Annual report of the Punjab Veterinary College and of the Civil Veterinary Department, Punjab - 1909-1919
Year: 1909
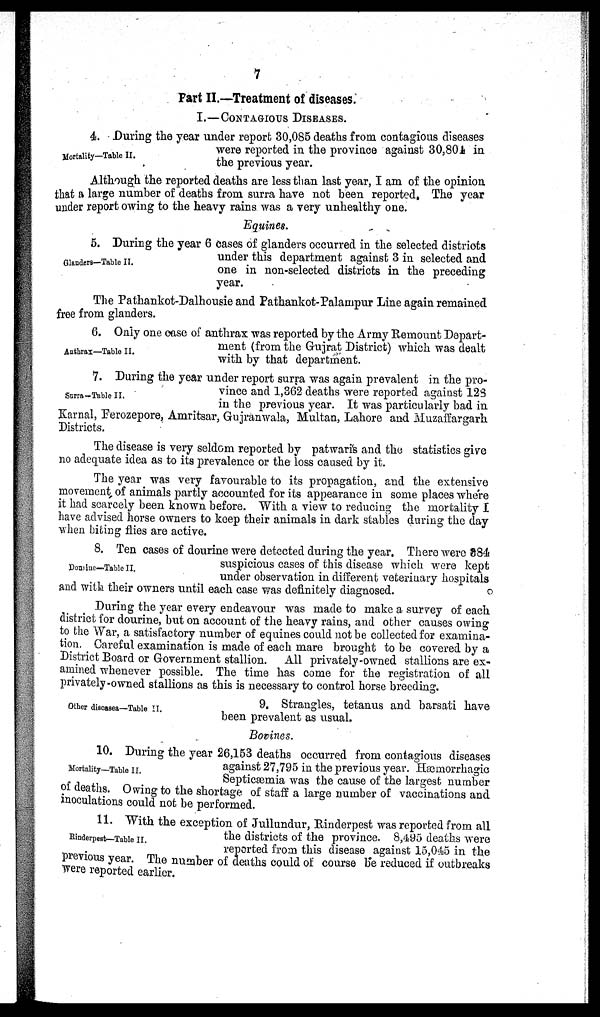
7
Part II.—Treatment of diseases.
I.—CONTAGIOUS DISEASES.
Mortality—Table II.
4. During the year under report 30,085 deaths from contagious diseases
were reported in the province against 30,801 in
the previous year.
Although the reported deaths are less than last year, I am of the opinion
that a large number of deaths from surra have not been reported. The year
under report owing to the heavy rains was a very unhealthy one.
Equines.
Glanders—Table II.
5. During the year 6 cases of glanders occurred in the selected districts
under this department against 3 in selected and
one in non-selected districts in the preceding
year.
The Pathankot-Dalhousie and Pathankot-Palampur Line again remained
free from glanders.
Anthrax—Table II.
6. Only one case of anthrax was reported by the Army Remount Depart-
ment (from the Gujrat District) which was dealt
with by that department.
Surra-Table II.
7. During the year under report surra was again prevalent in the pro-
vince and 1,362 deaths were reported against 128
in the previous year. It was particularly bad in
Karnal, Ferozepore, Amritsar, Gujranwala, Multan, Lahore and Muzaffargarh
Districts.
The disease is very seldom reported by patwaris and the statistics give
no adequate idea as to its prevalence or the loss caused by it.
The year was very favourable to its propagation, and the extensive
movement of animals partly accounted for its appearance in some places where
it had scarcely been known before. With a view to reducing the mortality I
have advised horse owners to keep their animals in dark stables during the day
when biting flies are active.
Donifue—Table II.
8. Ten cases of dourine were detected during the year. There were 884
suspicious cases of this disease which were kept
under observation in different veterinary hospitals
and with their owners until each case was definitely diagnosed.
During the year every endeavour was made to make a survey of each
district for dourine, but on account of the heavy rains, and other causes owing
to the War, a satisfactory number of equines could not be collected for examina-
tion. Careful examination is made of each mare brought to be covered by a
District Board or Government stallion. All privately-owned stallions are ex-
amined whenever possible. The time has come for the registration of all
privately-owned stallions as this is necessary to control horse breeding.
Other diseases—Table II.
9. Strangles, tetanus and barsati have
been prevalent as usual.
Bovines.
Mortality—Table II.
10. During the year 26,153 deaths occurred from contagious diseases
against 27,795 in the previous year. Hæmorrhagic
Septicæmia was the cause of the largest number
of deaths. Owing to the shortage of staff a large number of vaccinations and
inoculations could not be performed.
Rinderpest—Table II.
11. With the exception of Jullundur, Rinderpest was reported from all
the districts of the province. 8,495 deaths were
reported from this disease against 15,045 in the
previous year. The number of deaths could of course be reduced if outbreaks
were reported earlier.